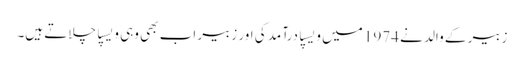
زبیر کے والد نے 1974 میں ویسپا درآمد کی اور زبیر اب بھی وہی ویسپا چلاتے ہیں۔